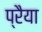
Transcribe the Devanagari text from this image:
प्रैया